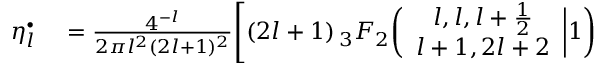
\begin{array} { r l } { \eta _ { l } ^ { \bullet } } & { { } = \frac { 4 ^ { - l } } { 2 \pi l ^ { 2 } ( 2 l + 1 ) ^ { 2 } } \Biggl [ ( 2 l + 1 ) \, _ { 3 } F _ { 2 } \biggl ( \begin{array} { c } { l , l , l + \frac { 1 } { 2 } } \\ { l + 1 , 2 l + 2 } \end{array} \bigg | 1 \biggr ) } \end{array}